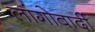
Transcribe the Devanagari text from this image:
लांगोबार्दी